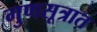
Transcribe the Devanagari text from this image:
गुणसूत्रात